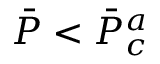
\Bar { P } < \Bar { P } _ { c } ^ { a }